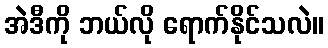
အဲဒီကို ဘယ်လို ရောက်နိုင်သလဲ။